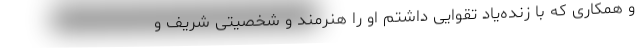
و همکاری که با زنده‌یاد تقوایی داشتم او را هنرمند و شخصیتی شریف و